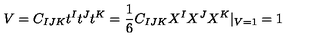
V = C _ { I J K } t ^ { I } t ^ { J } t ^ { K } = \frac { 1 } { 6 } C _ { I J K } X ^ { I } X ^ { J } X ^ { K } | _ { V = 1 } = 1